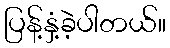
ပြန့်နှံ့ခဲ့ပါတယ်။